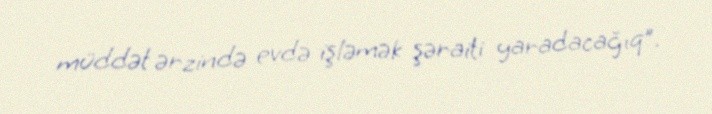
müddət ərzində evdə işləmək şəraiti yaradacağıq”.